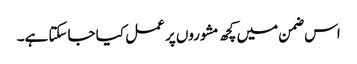
اس ضمن میں کچھ مشوروں پر عمل کیا جاسکتا ہے۔